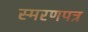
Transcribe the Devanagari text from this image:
स्मरणपत्र